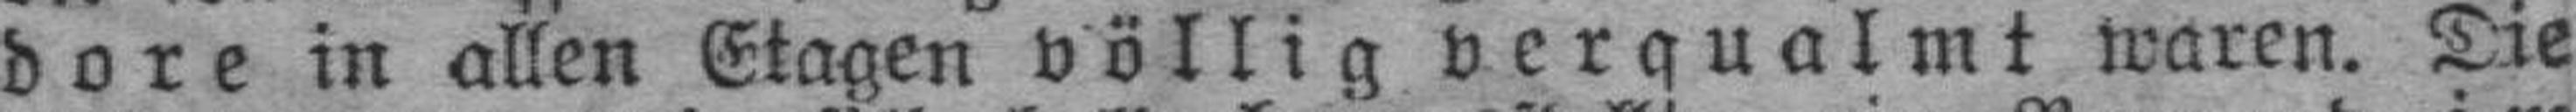
dore in allen Etagen völlig verqualmt waren. Die